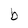
Character: b